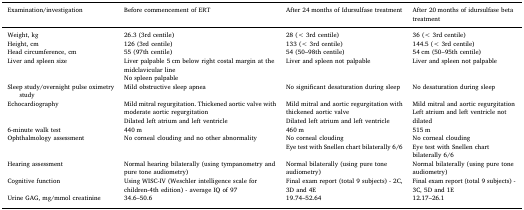
<table><thead><tr><td><b>Examination/investigation</b></td><td><b>Before commencement of ERT</b></td><td><b>After 24 months of Idursulfase treatment</b></td><td><b>After 20 months of idursulfase beta treatment</b></td></tr></thead><tbody><tr><td>Weight, kg</td><td>26.3 (3rd centile)</td><td>28 (&lt; 3rd centile)</td><td>36 (&lt; 3rd centile)</td></tr><tr><td>Height, cm</td><td>126 (3rd centile)</td><td>133 (&lt; 3rd centile)</td><td>144.5 (&lt; 3rd centile)</td></tr><tr><td>Head circumference, cm</td><td>55 (97th centile)</td><td>54 (50–98th centile)</td><td>54 cm (50–95th centile)</td></tr><tr><td>Liver and spleen size</td><td>Liver palpable 5 cm below right costal margin at the midclavicular lineNo spleen palpable</td><td>Liver and spleen not palpable</td><td>Liver and spleen not palpable</td></tr><tr><td>Sleep study/overnight pulse oximetry study</td><td>Mild obstructive sleep apnea</td><td>No significant desaturation during sleep</td><td>No desaturation during sleep</td></tr><tr><td>Echocardiography</td><td>Mild mitral regurgitation. Thickened aortic valve with moderate aortic regurgitationDilated left atrium and left ventricle</td><td>Mild mitral and aortic regurgitation with thickened aortic valveDilated left atrium and left ventricle</td><td>Mild mitral and aortic regurgitationLeft atrium and left ventricle not dilated</td></tr><tr><td>6-minute walk test</td><td>440 m</td><td>460 m</td><td>515 m</td></tr><tr><td>Ophthalmology assessment</td><td>No corneal clouding and no other abnormality</td><td>No corneal cloudingEye test with Snellen chart bilaterally 6/6</td><td>No corneal cloudingEye test with Snellen chart bilaterally 6/6</td></tr><tr><td>Hearing assessment</td><td>Normal hearing bilaterally (using tympanometry and pure tone audiometry)</td><td>Normal bilaterally (using pure tone audiometry)</td><td>Normal bilaterally (using pure tone audiometry)</td></tr><tr><td>Cognitive function</td><td>Using WISC-IV (Weschler intelligence scale for children-4th edition) - average IQ of 97</td><td>Final exam report (total 9 subjects) - 2C, 3D and 4E</td><td>Final exam report (total 9 subjects) - 3C, 5D and 1E</td></tr><tr><td>Urine GAG, mg/mmol creatinine</td><td>34.6–50.6</td><td>19.74–52.64</td><td>12.17–26.1</td></tr></tbody></table>